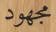
مجھود